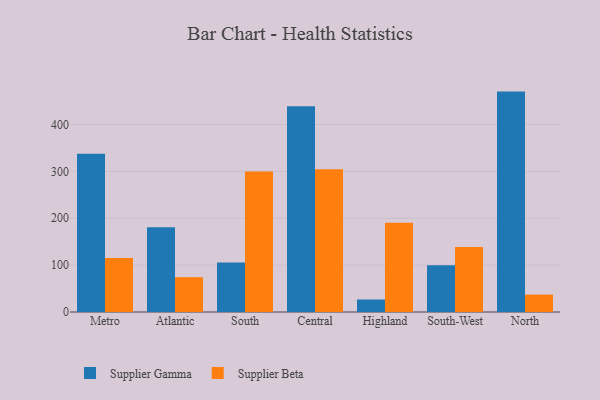
{"axis": {"x": "Region", "y": "Net Income (USD K)"}, "legend": ["Supplier Beta", "Supplier Gamma"], "data": [{"x": "Metro", "y": 337.5, "type": "Supplier Gamma"}, {"x": "Metro", "y": 115.4, "type": "Supplier Beta"}, {"x": "Atlantic", "y": 180.8, "type": "Supplier Gamma"}, {"x": "Atlantic", "y": 74.3, "type": "Supplier Beta"}, {"x": "South", "y": 105.5, "type": "Supplier Gamma"}, {"x": "South", "y": 299.7, "type": "Supplier Beta"}, {"x": "Central", "y": 439.0, "type": "Supplier Gamma"}, {"x": "Central", "y": 304.3, "type": "Supplier Beta"}, {"x": "Highland", "y": 26.7, "type": "Supplier Gamma"}, {"x": "Highland", "y": 190.6, "type": "Supplier Beta"}, {"x": "South-West", "y": 99.8, "type": "Supplier Gamma"}, {"x": "South-West", "y": 138.9, "type": "Supplier Beta"}, {"x": "North", "y": 470.2, "type": "Supplier Gamma"}, {"x": "North", "y": 37.1, "type": "Supplier Beta"}]}